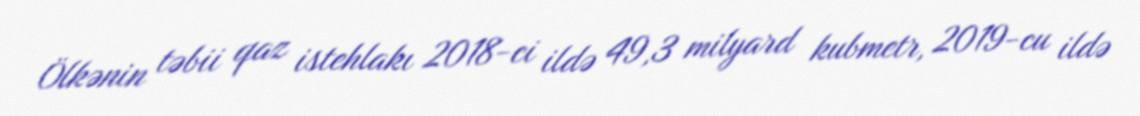
Ölkənin təbii qaz istehlakı 2018-ci ildə 49,3 milyard kubmetr, 2019-cu ildə